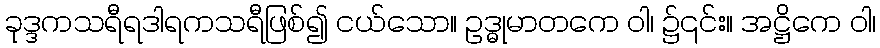
ခုဒ္ဒကသရီရဒါရကသရီဖြစ်၍ ငယ်သော။ ဥဒ္ဓုမာတကေ ဝါ၊ ၌၎င်း။ အဋ္ဌိကေ ဝါ၊